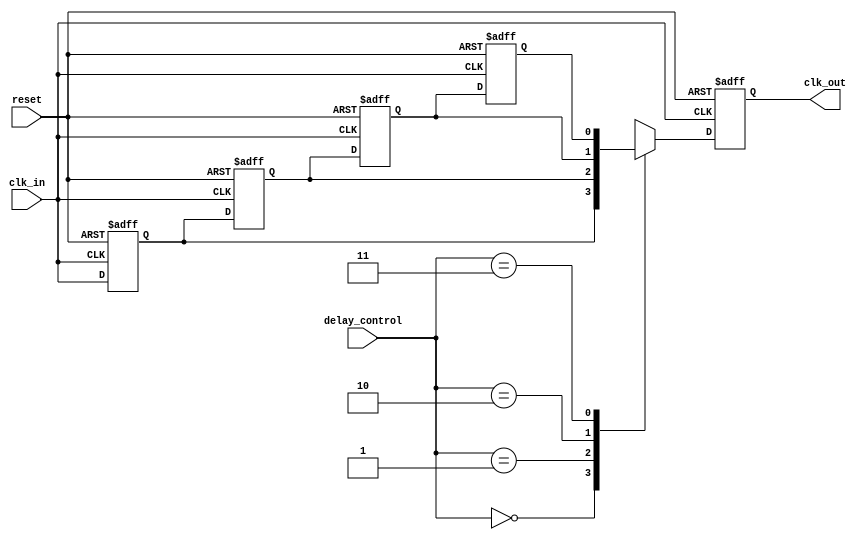
module delay_clock_buffer #(
    parameter DELAY_STEPS = 4, // Number of delay steps
    parameter MAX_DELAY = 10, // Maximum delay in time units
    parameter MIN_DELAY = 1 // Minimum delay in time units
)(
    input wire clk_in,       // Input clock signal
    input wire reset,        // Reset signal
    input wire [1:0] delay_control, // Control signal to select delay
    output reg clk_out       // Output delayed clock signal
);

// Internal variables
reg [DELAY_STEPS-1:0] delay_elements [0:DELAY_STEPS-1]; // Delay elements storage
integer i;

// Initialize delay elements with buffers/inverters (using a simple approach)
always @(posedge clk_in or posedge reset) begin
    if (reset) begin
        clk_out <= 0; // Initialize output on reset
        for (i = 0; i < DELAY_STEPS; i = i + 1) begin
            delay_elements[i] <= 0;
        end
    end else begin
        // Shift the delay chain
        delay_elements[0] <= clk_in;
        for (i = 1; i < DELAY_STEPS; i = i + 1) begin
            delay_elements[i] <= delay_elements[i-1];
        end
        
        // Select the appropriate delayed clock based on delay_control
        case (delay_control)
            2'b00: clk_out <= delay_elements[0]; // No delay
            2'b01: clk_out <= delay_elements[1]; // 1 step delay
            2'b10: clk_out <= delay_elements[2]; // 2 steps delay
            2'b11: clk_out <= delay_elements[3]; // Maximum delay
            default: clk_out <= clk_in; // Default to input clock
        endcase
    end
end

endmodule